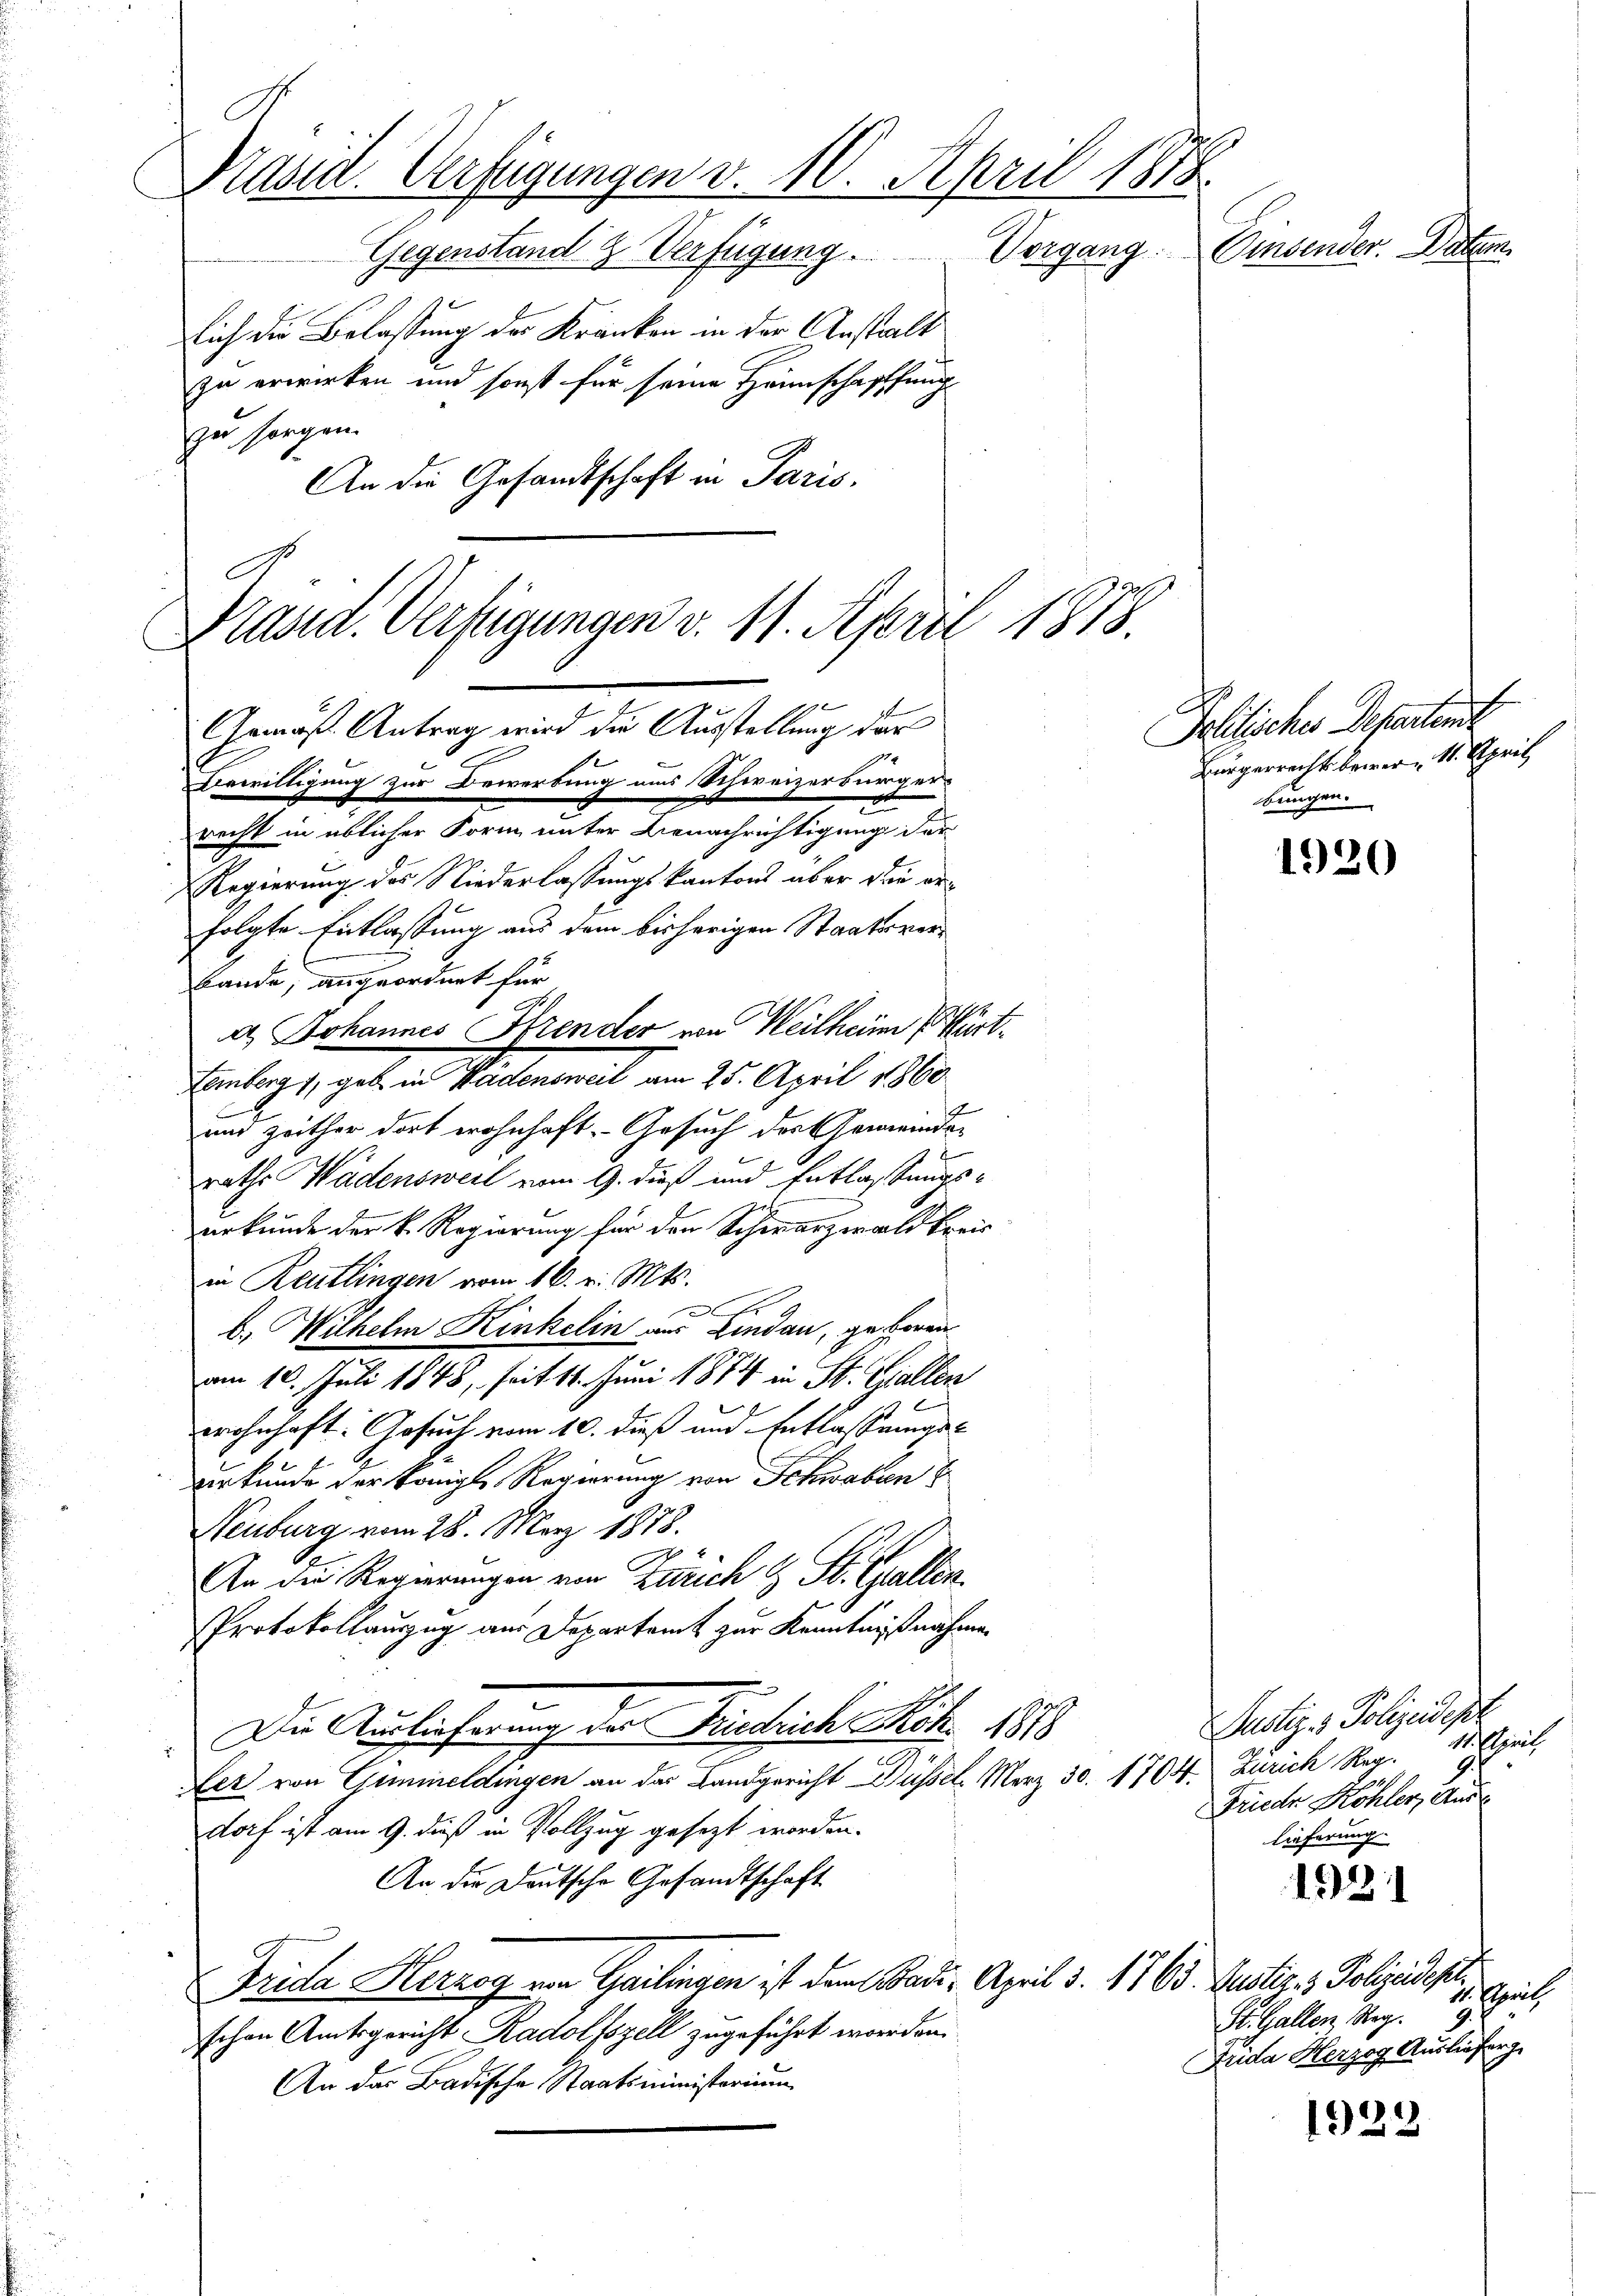
Präsid. Verfügungen v. 10. April 1878.
Vorgang. Einsender. Daten.
Gegenstand & Verfügung.
sich die Belassung der Kranken in der Anstalt
zu erwirken und sonst für seine Heimschaffung
zu sorgen.
1.
An die Gesandtschaft in Paris.

C
Präsid. Verfügungen v. 11. April 1878.
Armäss Antrag wird die Ausstellung der
t
Bewilligung zur Bewerbung aus Schweizerbürgerr
recht in üblicher Form unter Benachrichtigung der

bande, angeordnet für
4
und zeither dort wohnhaft. Gesuch der Gemeinderaths Wädensweil vom 9. dieß und Entlaßungs-
J
urkunde der k. Regierung für den Schwarzwald kreis
in Reutlingen vom 16. v. Mts.
Er
x
b.) Wilhelm Kinkelin aus Lindau, geboren
am 10. Juli 1848, seit 11. Juni 1874 in St. Gallen
b
wohnhaft. Gesuch vom 10. dieß und Entlassungs-
urkunde der Königl. Regierung von Schwaben
Neuburg vom 28. März 1878.
An die Regierungen von Zürich & St. Gallen.
Protokollauszug aus Departamt zur Kenntnißnahmen
Die Auslieferung der Buschrich Mit 1873
Ler von Gümineldingen an das Landgericht Büssel, Merz 30. 1704.
dorf ist am 9. dieß in Vollzug gesezt worden.
An die Deutsche Gesandtschaft
Frida Herzog von Gailingen ist dem Baden April 5. 1763. Justiz- & Polizeidesl
schen Amtsgericht Radolfszell zugeführt werden.
An das Badische Staatsministerium

Regierung des Niederlassungskantons über die erfolgte Entlassung aus dem bisherigen Staatsver¬

a. Johannes Krender von Weilheim (Mart.
Lemberg 1, geb. in Wadensweil am 25. April 1860

2
Politische Departen
Bürgerrecht bewer, 11. April
bungen.

1920

Justiz & Polizeidigt
11. April
Zürich Reg. 9.
Frieder Köhler, Aus
lieferung.

1921

Esprit
St. Gallen Steg
Frida Herzog Auslieferg

1923